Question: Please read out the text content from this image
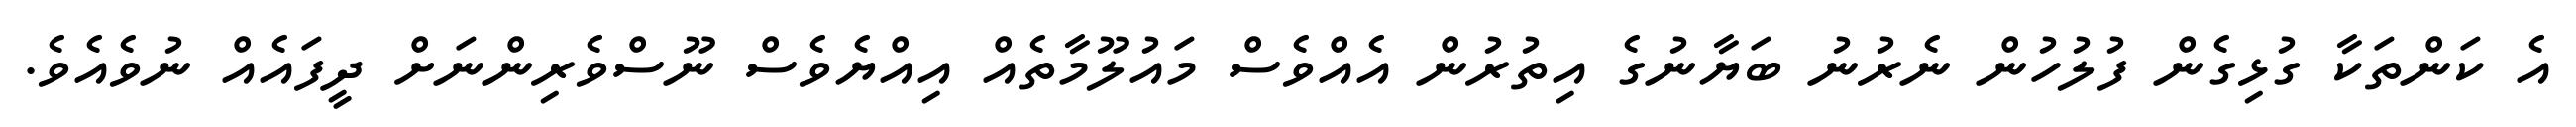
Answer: އެ ކަންތަކާ ގުޅިގެން ފުލުހުން ނެރުނު ބަޔާނުގެ އިތުރުން އެއްވެސް މައުލޫމާތެއް އިއްޔެވެސް ނޫސްވެރިންނަށް ދީފައެއް ނުވެއެވެ.